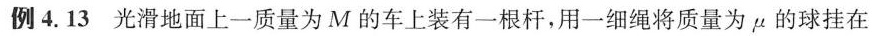
例4.13 光滑地面上一质量为M的车上装有一根杆，用一细绳将质量为μ的球挂在